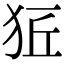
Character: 𤞈